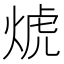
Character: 𰞱